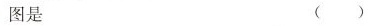
图是( )